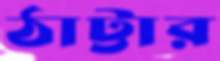
ঠাট্টার